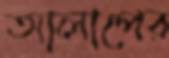
আলাপের